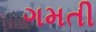
ગમતી